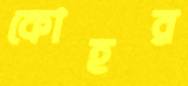
কোহর